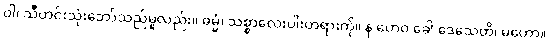
ဝါ၊ သိီတင်းသုံးဘော်သည်မူလည်း။ ဓမ္မံ၊ သစ္စာလေးပါးတရားကို။ န ဟေဝ ခေါ ဒေသေတိ၊ မဟော။